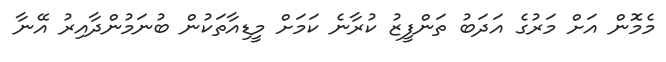
މެމޮން އަށް މަރުގެ އަދަބު ތަންފީޒު ކުރާނެ ކަމަށް މީޑިއާތަކުން ބުނަމުންދާއިރު އޭނާ